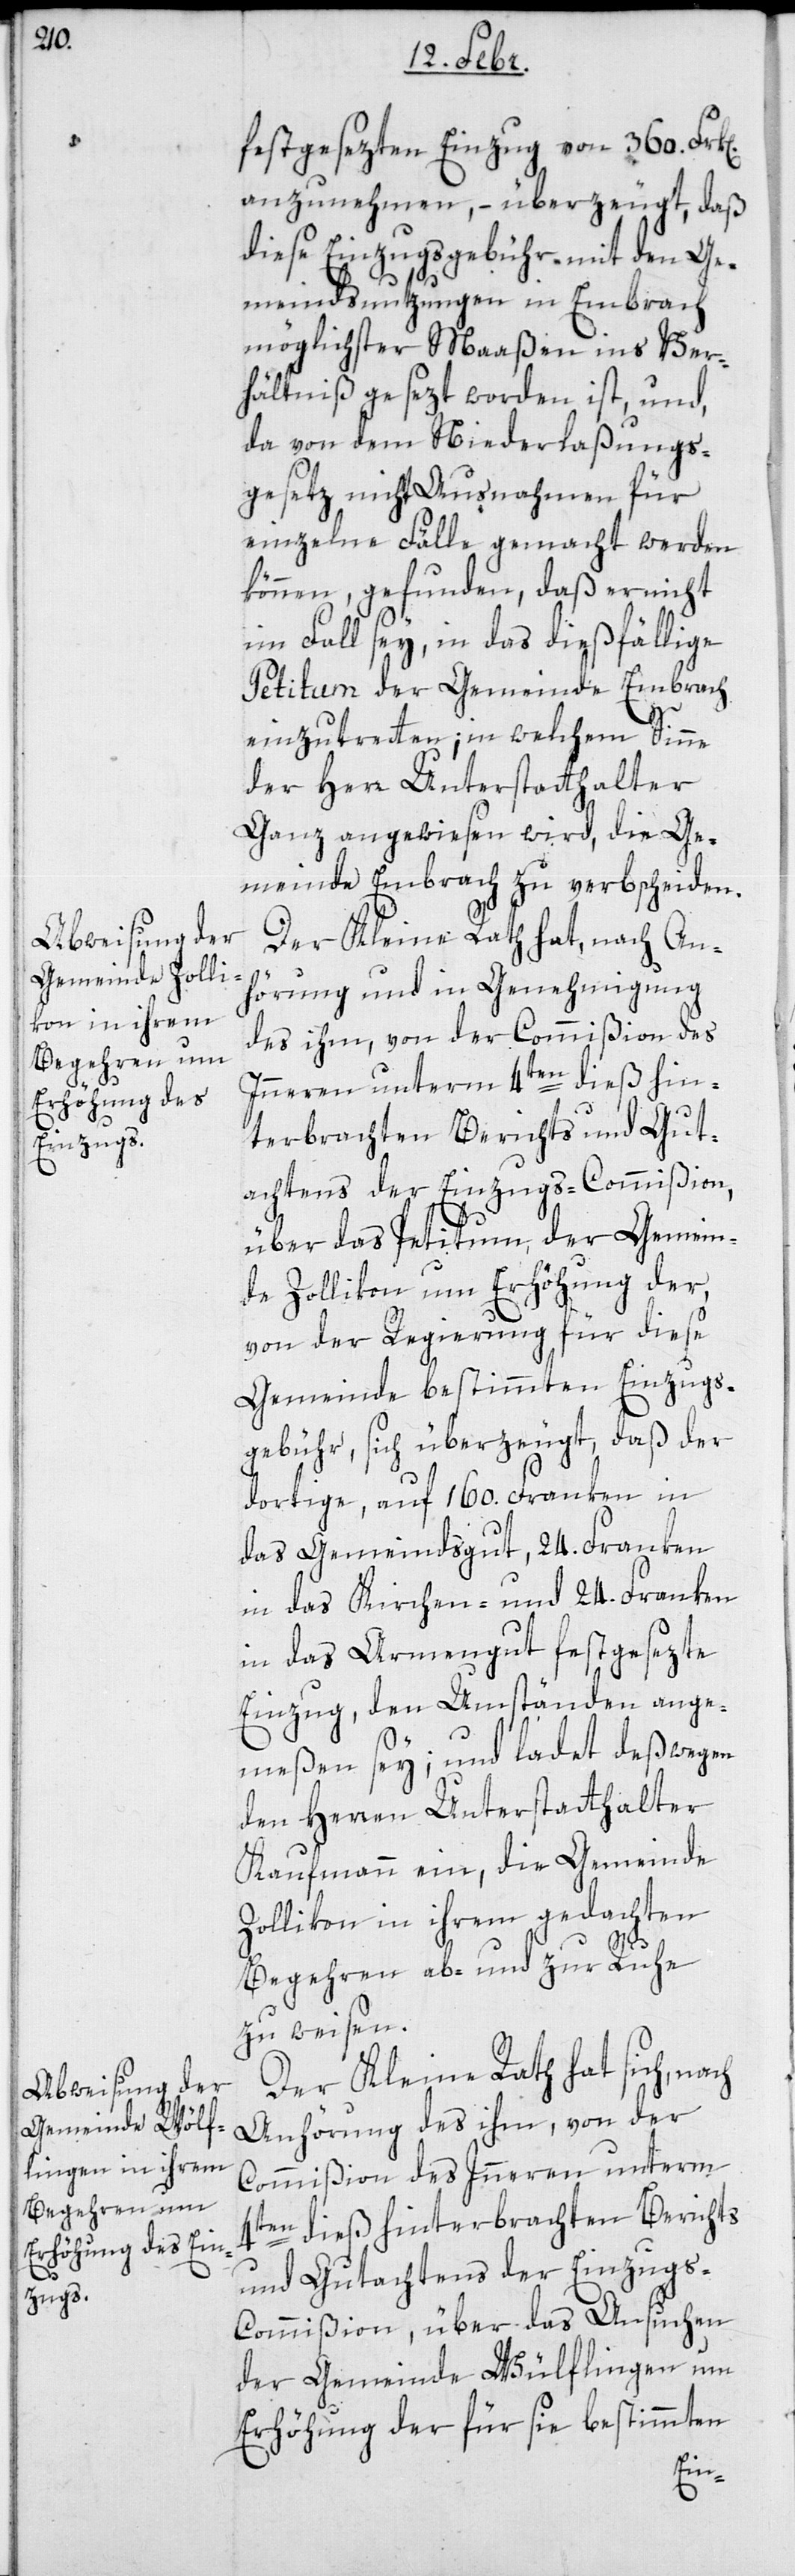
festgesezten Einzug von 360. Fran¬
anzunehmen, – überzeugt, daß
diese Einzugsgebühr mit den Ge¬
meindsnutzungen in Embrach
möglichster Maßen ins Ver¬
hältniß gesezt worden ist, und
da von dem Niederlaßungs¬
gesetz nicht Ausnahmen für
einzelne Fälle gemacht werden
können, gefunden, daß er nicht
im Fall sey, in das dießfällige
Petitum der Gemeinde Embrach
einzutreten; in welchem Sinne
der Herr Unterstatthalter
Ganz angewiesen wird, die Ge¬
meinde Embrach zu verbscheiden.
Der Kleine Rath hat nach An¬
hörung und in Genehmigung
des ihm, von der Commißion des
Innern unterm 4ten dieß hin¬
terbrachten Berichts und Gut¬
achtens der Einzugscommißion,
über das Petitum des Gemein¬
de Zollikon um Erhöhung der,
von der Regierung für diese
Gemeinde bestimmten Einzugs¬
gebühr, sich überzeugt, daß der
dortige auf 160. Franken in
das Gemeindsgut, 24. Franken
in das Kirchen- und 24. Franken
in das Armengut festgesezte
Einzug, den Umständen ange¬
meßen sey; und ladet deßwegen
den Herren Unterstatthalter
Kaufmann ein, die Gemeinde
Zollikon in ihrem gedachten
Begehren ab- und zur Ruhe
zu weisen.
ken
Der Kleine Rath hat sich, nach
Anhörung des ihm, von der
Commißion des Innern unterm
4ten dieß hinterbrachten Berichts
und Gutachtens der Einzugs¬
commißion, über das Ansuchen
der Gemeinde Wülflingen um
Erhöhung der für sie bestimmten